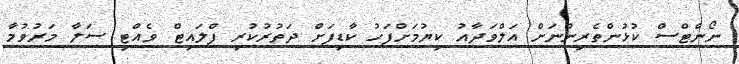
ނޯންޓްސް ކުޅުންތެރިންނަށް އަލްވަދާއު ކިޔުމަށްފަހު ކާޑިފަށް ދަތުރުކުރި ފްލައިޓް ވެއްޓި ސަލާ މަރުވުމާ